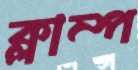
ক্লাম্প